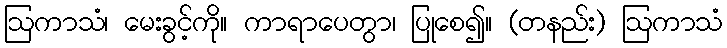
ဩကာသံ၊ မေးခွင့်ကို။ ကာရာပေတွာ၊ ပြုစေ၍။ (တနည်း) ဩကာသံ